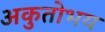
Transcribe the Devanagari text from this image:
अकुतोभय